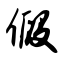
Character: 假